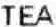
TEA